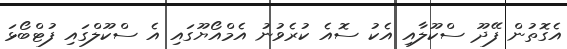
އެގޮތުން ފޭދޫ ސްކޫލާއި އެކު ސޮއެ ކުރެވުނު އެމްއޯޔޫގައި އެ ސްކޫލްގައި ފުޓްބޯޅަ